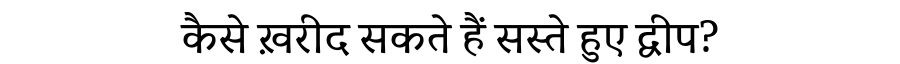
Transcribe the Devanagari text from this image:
कैसे ख़रीद सकते हैं सस्ते हुए द्वीप?